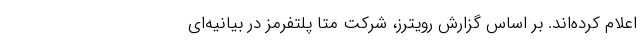
اعلام کرده‌اند. بر اساس گزارش رویترز، شرکت مِتا پلتفرمز در بیانیه‌ای